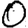
Digit: 0